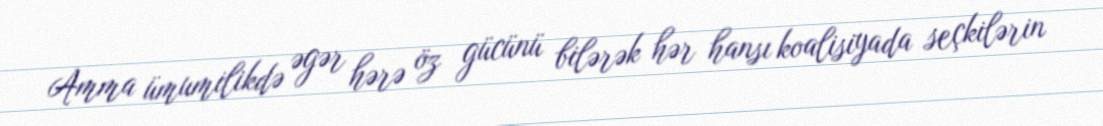
Amma ümumilikdə əgər hərə öz gücünü bilərək hər hansı koalisiyada seçkilərin